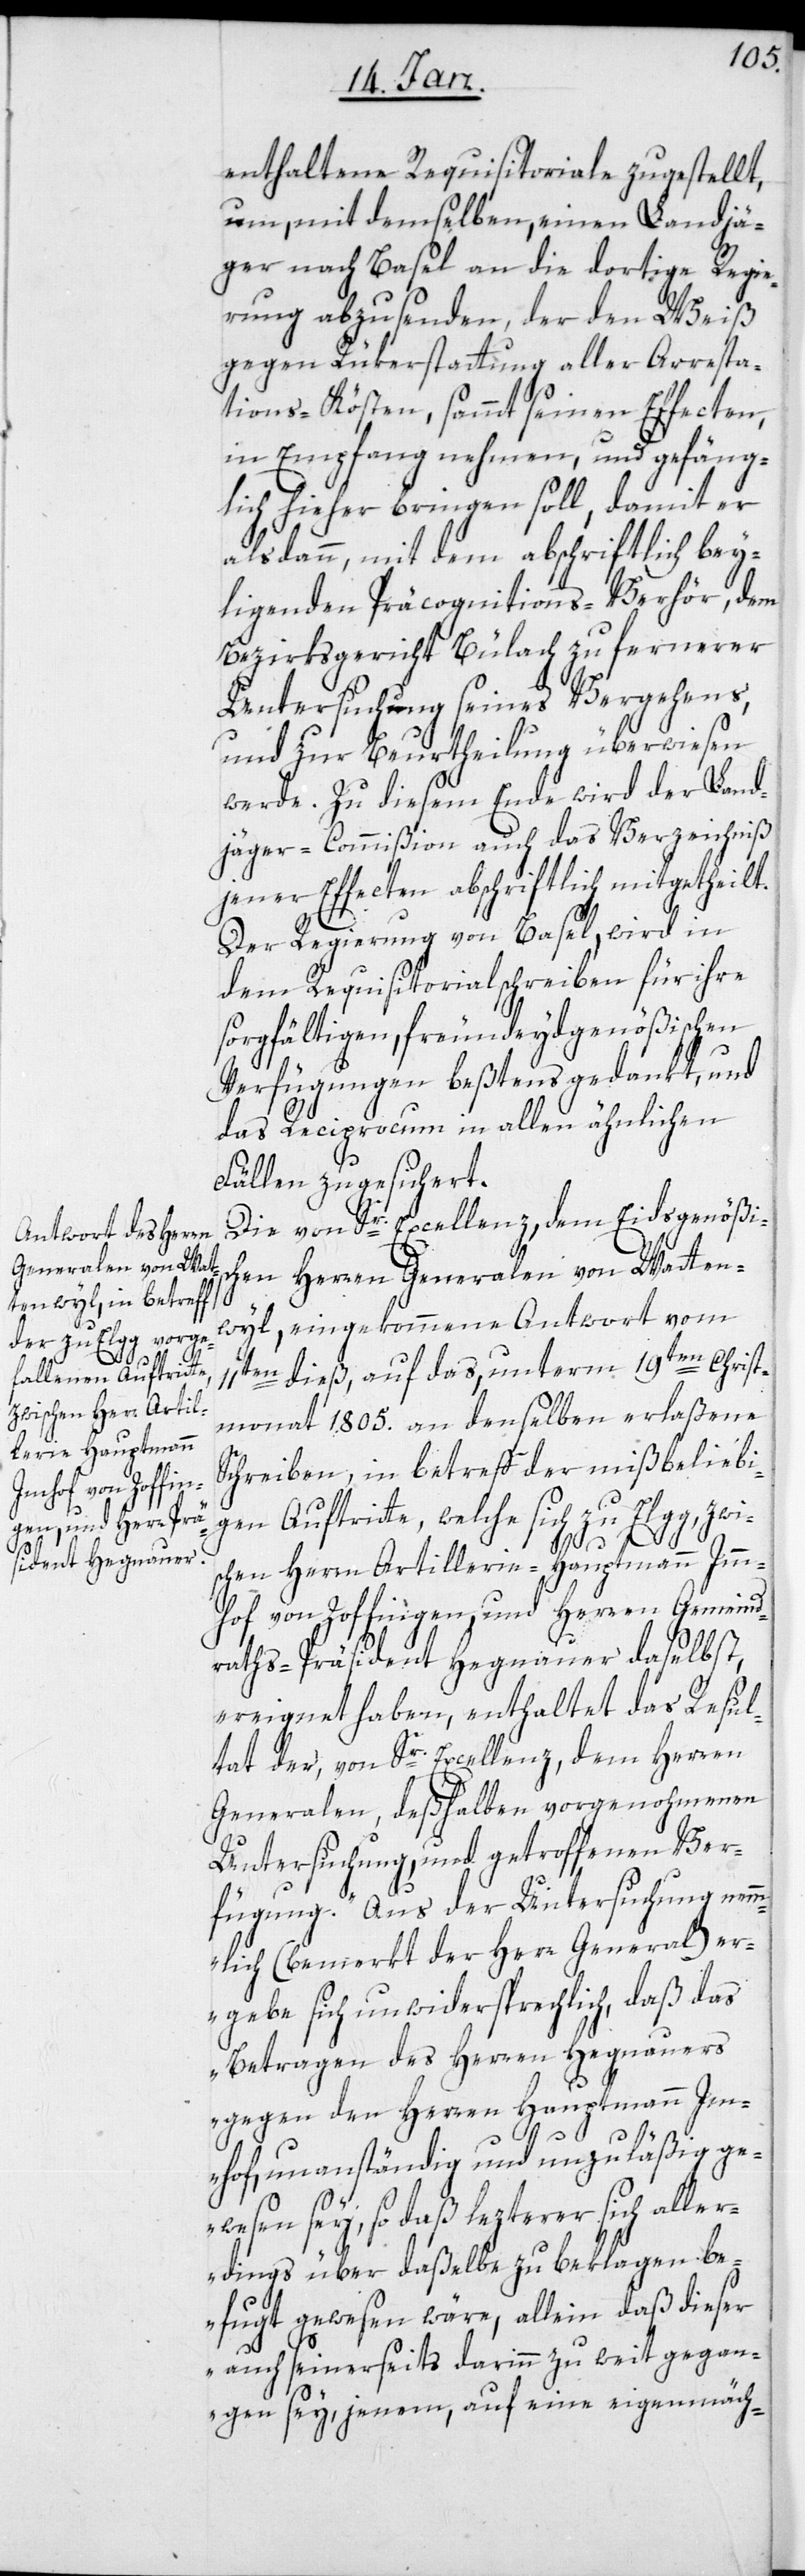
enthaltene Requisitoriale zugestellt,
um, mit demselben, einen Landjä¬
ger nach Basel an die dortige Regie¬
rung abzusenden, der den Weiß
gegen Rükerstattung aller Arresta¬
tions-Kösten, sammt seinen Effecten,
in Empfang nehmen, und gefäng¬
lich hieher bringen soll, damit er
alsdann, mit dem abschriftlich bey¬
liegenden Präcognitions-Verhör, dem
Bezirksgericht Bülach zu fernerer
Untersuchung seines Vergehens,
und zur Beurtheilung überwiesen
werde. Zu diesem Ende wird der Land¬
jäger-Commißion auch das Verzeichniß
jener Effecten abschriftlich mitgetheilt.
Der Regierung von Basel, wird in
dem Requisitorialschreiben für ihre
sorgfältigen, freundeydgenößischen
Verfügungen beßtens gedankt, und
das Reciprocum in allen ähnlichen
Fällen zugesichert.
Die von Sr. Excellenz dem Eidsgenößis¬
chen Herren Generalen von Watten¬
wyl, eingekommene Antwort vom
11ten dieß, auf das, unterm 19ten Christ¬
monat 1805. an denselben erlaßene
Schreiben, in betreff der mißbeliebi¬
gen Auftritte, welche sich zu Elgg, zwi¬
schen Herrn Artillerie-Hauptmann Imm¬
hof von Zofingen, und Herren Gemeind¬
raths-Präsident Hegnauer daselbst,
ereignet haben, enthaltet das Resul¬
tat der, von Sr. Excellenz dem Herren
Generalen deßhalben vorgenohmenen
Untersuchung, und getroffenen Ver¬
fügung. „Aus der Untersuchung nemm¬
lich (bemerkt der Herr General) er¬
gebe sich unwidersprechlich, daß das
Betragen des Herren Hegnauers
gegen den Herren Hauptmann Im¬
hof, unanständig und unzuläßig ge¬
wesen sey, so daß lezterer sich aller¬
dings über daßelbe zu beklagen be¬
fugt gewesen wäre, allein daß dieser
auch seinerseits darinn zu weit gegan¬
gen sey, jenem, auf eine eigenmäch-